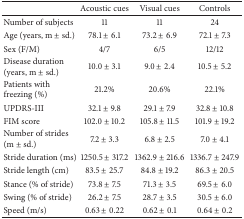
<table><thead><tr><td><b> </b></td><td><b>Acoustic cues</b></td><td><b>Visual cues</b></td><td><b>Controls</b></td></tr></thead><tbody><tr><td>Number of subjects</td><td>11</td><td>11</td><td>24</td></tr><tr><td>Age (years, m ± sd.)</td><td>78.1 ± 6.1</td><td>73.2 ± 6.9</td><td>72.1 ± 7.3</td></tr><tr><td>Sex (F/M)</td><td>4/7</td><td>6/5</td><td>12/12</td></tr><tr><td>Disease duration (years, m ± sd.)</td><td>10.0 ± 3.1</td><td>9.0 ± 2.4</td><td>10.5 ± 5.2</td></tr><tr><td>Patients with freezing (%)</td><td>21.2%</td><td>20.6%</td><td>22.1%</td></tr><tr><td>UPDRS-III</td><td>32.1 ± 9.8</td><td>29.1 ± 7.9</td><td>32.8 ± 10.8</td></tr><tr><td>FIM score</td><td>102.0 ± 10.2</td><td>105.8 ± 11.5</td><td>101.9 ± 19.2</td></tr><tr><td>Number of strides (m ± sd.)</td><td>7.2 ± 3.3</td><td>6.8 ± 2.5</td><td>7.0 ± 4.1</td></tr><tr><td>Stride duration (ms)</td><td>1250.5 ± 317.2</td><td>1362.9 ± 216.6</td><td>1336.7 ± 247.9</td></tr><tr><td>Stride length (cm)</td><td>83.5 ± 25.7</td><td>84.8 ± 19.2</td><td>86.3 ± 20.5</td></tr><tr><td>Stance (% of stride)</td><td>73.8 ± 7.5</td><td>71.3 ± 3.5</td><td>69.5 ± 6.0</td></tr><tr><td>Swing (% of stride)</td><td>26.2 ± 7.5</td><td>28.7 ± 3.5</td><td>30.5 ± 6.0</td></tr><tr><td>Speed (m/s)</td><td>0.63 ± 0.22</td><td>0.62 ± 0.1</td><td>0.64 ± 0.2</td></tr></tbody></table>